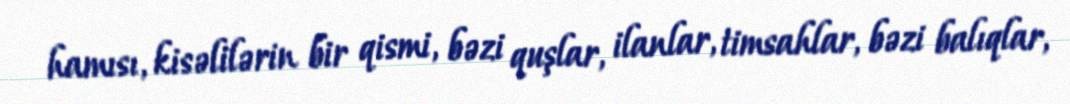
hamısı, kisəlilərin bir qismi, bəzi quşlar, ilanlar, timsahlar, bəzi balıqlar,